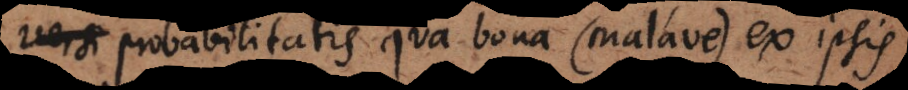
e probabilitatis qua bona (malave) ex ipsis